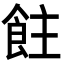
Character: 飳